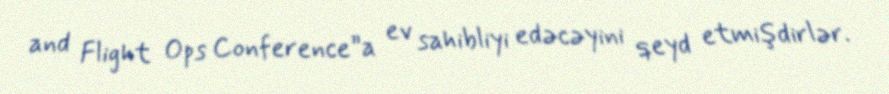
and Flight Ops Conference”a ev sahibliyi edəcəyini qeyd etmişdirlər.